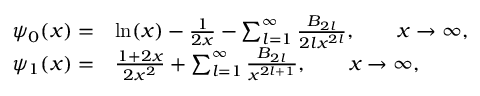
\begin{array} { r l } { \psi _ { 0 } ( x ) = } & { \ln ( x ) - \frac { 1 } { 2 x } - \sum _ { l = 1 } ^ { \infty } \frac { B _ { 2 l } } { 2 l x ^ { 2 l } } , \qquad x \to \infty , } \\ { \psi _ { 1 } ( x ) = } & { \frac { 1 + 2 x } { 2 x ^ { 2 } } + \sum _ { l = 1 } ^ { \infty } \frac { B _ { 2 l } } { x ^ { 2 l + 1 } } , \qquad x \to \infty , } \end{array}